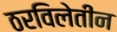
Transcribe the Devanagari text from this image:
ठरविलेतीन